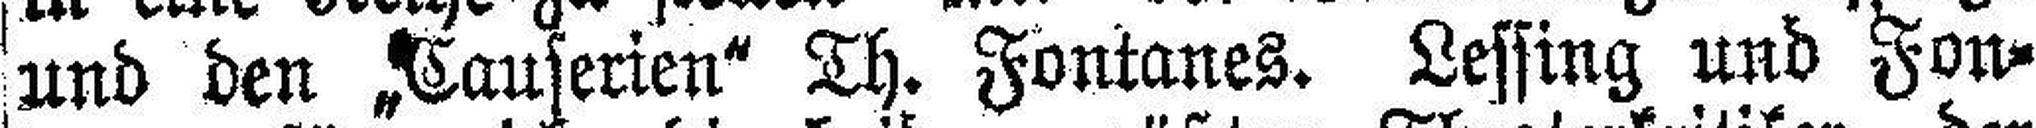
und den „Causerien“ Th. Fontanes. Lessing und Fon¬